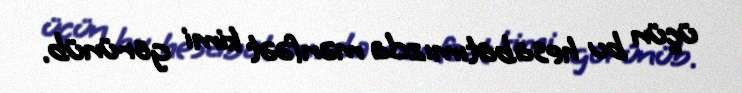
üçün bu hesabatımızda mənfəət kimi görünüb.